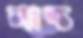
লান্চ